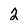
Character: 2